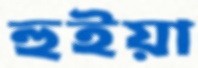
হুইয়া